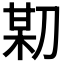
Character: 𠝼